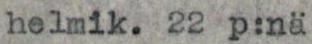
helmik. 22 p:nä